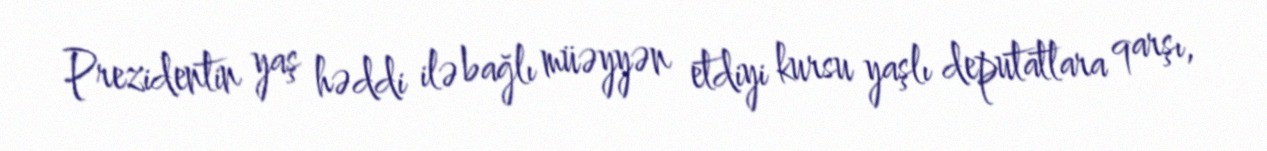
Prezidentin yaş həddi ilə bağlı müəyyən etdiyi kursu yaşlı deputatlara qarşı,